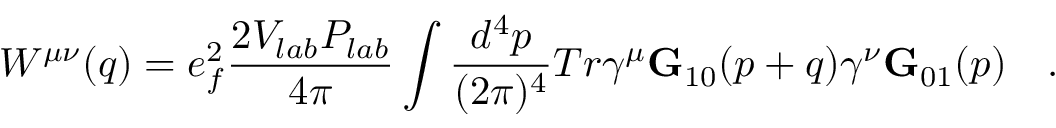
W ^ { \mu \nu } ( q ) = e _ { f } ^ { 2 } { \frac { 2 V _ { l a b } P _ { l a b } } { 4 \pi } } \int { \frac { d ^ { 4 } p } { ( 2 \pi ) ^ { 4 } } } T r \gamma ^ { \mu } { \bf G } _ { 1 0 } ( p + q ) \gamma ^ { \nu } { \bf G } _ { 0 1 } ( p ) ~ ~ ~ .